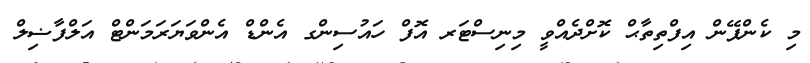
މި ކެންޕޭން އިފްތިތާޙް ކޮށްދެއްވީ މިނިސްޓަރ އޮފް ހައުސިންގ އެންޑް އެންވަޔަރަމަންޓް އަލްފާޟިލް